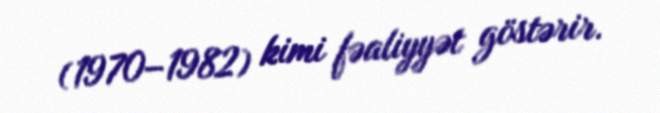
(1970–1982) kimi fəaliyyət göstərir.